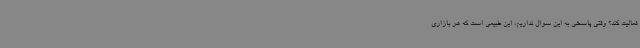
فعالیت کند؟ وقتی پاسخی به این سوال نداریم، این طبیعی است که هر بازاری